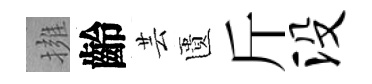
擁齡芸匱斤没